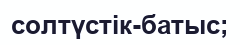
солтүстік-батыс;